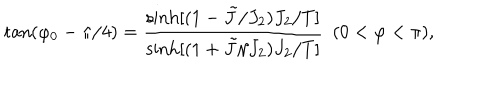
\tan ( \varphi _ { 0 } - \pi / 4 ) = { \frac { \sinh [ ( 1 - \tilde { J } / J _ { 2 } ) J _ { 2 } / T ] } { \sinh [ ( 1 + \tilde { J } / J _ { 2 } ) J _ { 2 } / T ] } } \ \ ( 0 < \varphi < \pi ) ,